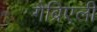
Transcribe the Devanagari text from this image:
गैब्रिएली